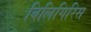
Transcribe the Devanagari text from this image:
बिलिगिरिस